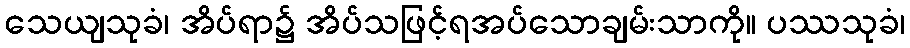
သေယျသုခံ၊ အိပ်ရာ၌ အိပ်သဖြင့်ရအပ်သောချမ်းသာကို။ ပဿသုခံ၊